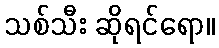
သစ်သီး ဆိုရင်ရော။